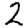
Digit: 2